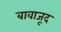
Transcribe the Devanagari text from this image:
बावाजूद